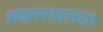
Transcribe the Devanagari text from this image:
शंकररावाच्या